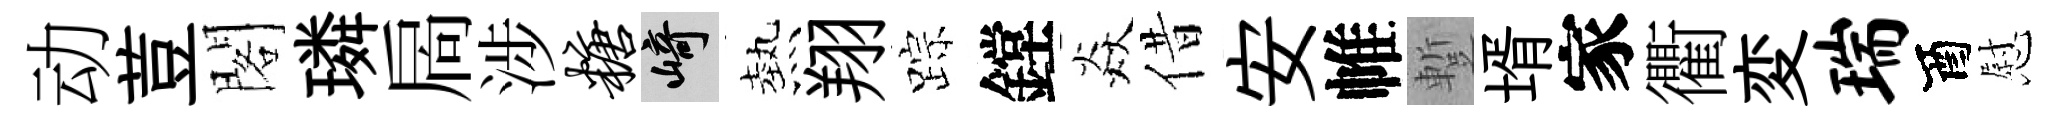
动荳閣璘扄涉糖崎熱翔踪鏜焱借安帷蹔壻家衢変瑞酉慰